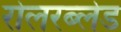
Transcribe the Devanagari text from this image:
रोलरब्लेड